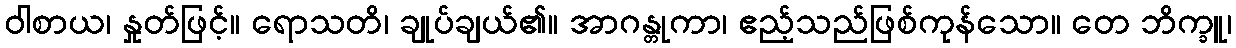
ဝါစာယ၊ နှုတ်ဖြင့်။ ရောသတိ၊ ချုပ်ချယ်၏။ အာဂန္တုကာ၊ ဧည့်သည်ဖြစ်ကုန်သော။ တေ ဘိက္ခူ၊